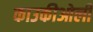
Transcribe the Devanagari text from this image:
काउकीओली